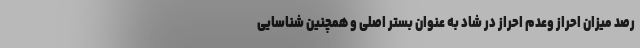
رصد میزان احراز وعدم احراز در شاد به عنوان بستر اصلی و همچنین شناسایی